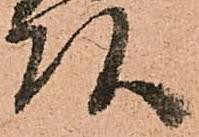
頭